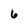
Character: 6